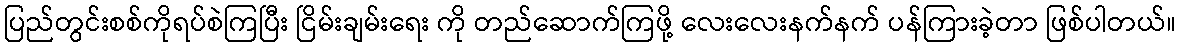
ပြည်တွင်းစစ်ကိုရပ်စဲကြပြီး ငြိမ်းချမ်းရေး ကို တည်ဆောက်ကြဖို့ လေးလေးနက်နက် ပန်ကြားခဲ့တာ ဖြစ်ပါတယ်။